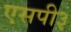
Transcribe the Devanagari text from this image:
एसपी३